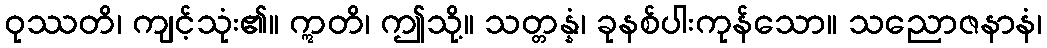
ဝုဿတိ၊ ကျင့်သုံး၏။ ဣတိ၊ ဤသို့။ သတ္တန္နံ၊ ခုနစ်ပါးကုန်သော။ သညောဇနာနံ၊